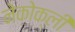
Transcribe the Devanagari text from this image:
नेकोक्ली